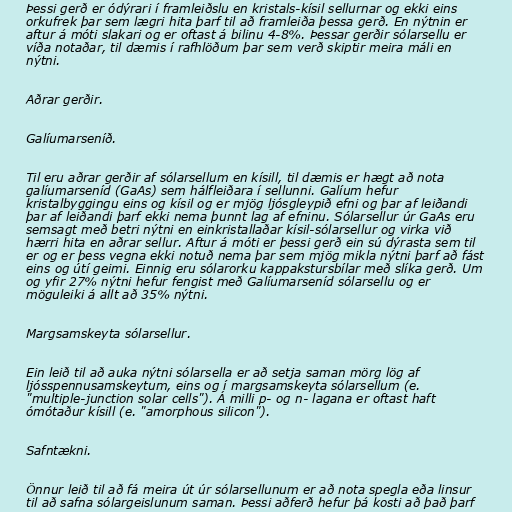
Þessi gerð er ódýrari í framleiðslu en kristals-kísil sellurnar og ekki eins
orkufrek þar sem lægri hita þarf til að framleiða þessa gerð. En nýtnin er
aftur á móti slakari og er oftast á bilinu 4-8%. Þessar gerðir sólarsellu er
víða notaðar, til dæmis í rafhlöðum þar sem verð skiptir meira máli en
nýtni.

Aðrar gerðir.

Galíumarseníð.

Til eru aðrar gerðir af sólarsellum en kísill, til dæmis er hægt að nota
galíumarseníd (GaAs) sem hálfleiðara í sellunni. Galíum hefur
kristalbyggingu eins og kísil og er mjög ljósgleypið efni og þar af leiðandi
þar af leiðandi þarf ekki nema þunnt lag af efninu. Sólarsellur úr GaAs eru
semsagt með betri nýtni en einkristallaðar kísil-sólarsellur og virka við
hærri hita en aðrar sellur. Aftur á móti er þessi gerð ein sú dýrasta sem til
er og er þess vegna ekki notuð nema þar sem mjög mikla nýtni þarf að fást
eins og útí geimi. Einnig eru sólarorku kappakstursbílar með slíka gerð. Um
og yfir 27% nýtni hefur fengist með Galíumarseníd sólarsellu og er
möguleiki á allt að 35% nýtni.

Margsamskeyta sólarsellur.

Ein leið til að auka nýtni sólarsella er að setja saman mörg lög af
ljósspennusamskeytum, eins og í margsamskeyta sólarsellum (e.
"multiple-junction solar cells"). Á milli p- og n- lagana er oftast haft
ómótaður kísill (e. "amorphous silicon").

Safntækni.

Önnur leið til að fá meira út úr sólarsellunum er að nota spegla eða linsur
til að safna sólargeislunum saman. Þessi aðferð hefur þá kosti að það þarf